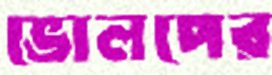
ভোলপের